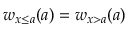
w _ { x \leq a } ( a ) = w _ { x > a } ( a )